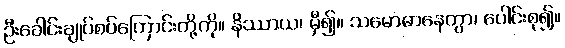
ဦးခေါင်းချုပ်စပ်ကြောင်းတို့ကို။ နိဿာယ၊ မှီ၍။ သမောဓာနေတွာ၊ ပေါင်းစု၍။